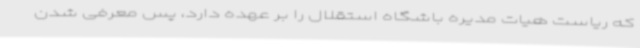
که ریاست هیات مدیره باشگاه استقلال را بر عهده دارد، پس معرفی شدن